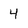
Character: 4